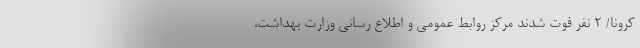
کرونا/ ۲ نفر فوت شدند مرکز روابط عمومی و اطلاع رسانی وزارت بهداشت،